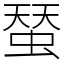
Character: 蝅